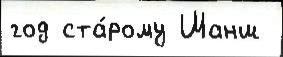
год ста́рому Шанш